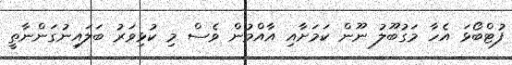
ފުޓްބޯޅަ އެހާ މަގުބޫލު ނޫން ކަމަށާއި އާއްމުން ވެސް މި ކުޅިވަރު ބަލައިނުގަންނާތީ